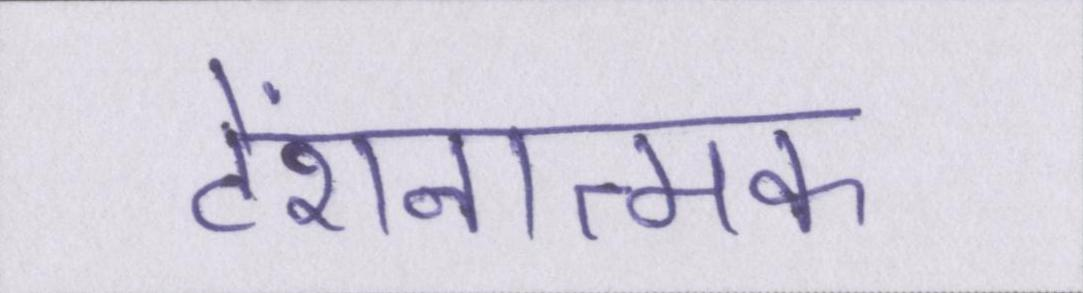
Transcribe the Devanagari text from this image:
टेंशनात्मक